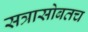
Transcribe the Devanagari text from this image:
सत्रासोबतच